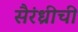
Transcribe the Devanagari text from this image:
सैरंध्रीची